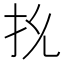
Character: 𭠐